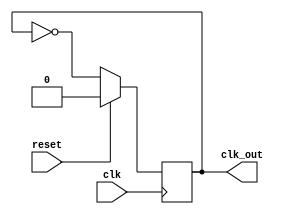
module clk_div2 (clk, reset, clk_out);
	output reg clk_out;
	input clk ;
	input reset;

	/*initial
	begin
		clk_out = 1'b0;
   end*/

	always @(posedge clk)
	begin
	if (reset)
		clk_out <= 1'b0;
	else
		clk_out <= ~clk_out;	
	end
endmodule